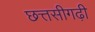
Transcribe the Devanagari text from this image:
छत्तसीगढ़ी